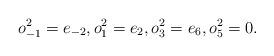
LaTeX: \begin{gather*} o_{-1}^2 = e_{-2}, o_1^2 = e_2, o_3^2 = e_6, o_5^2 = 0.\end{gather*}